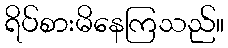
ရိပ်စားမိနေကြသည်။